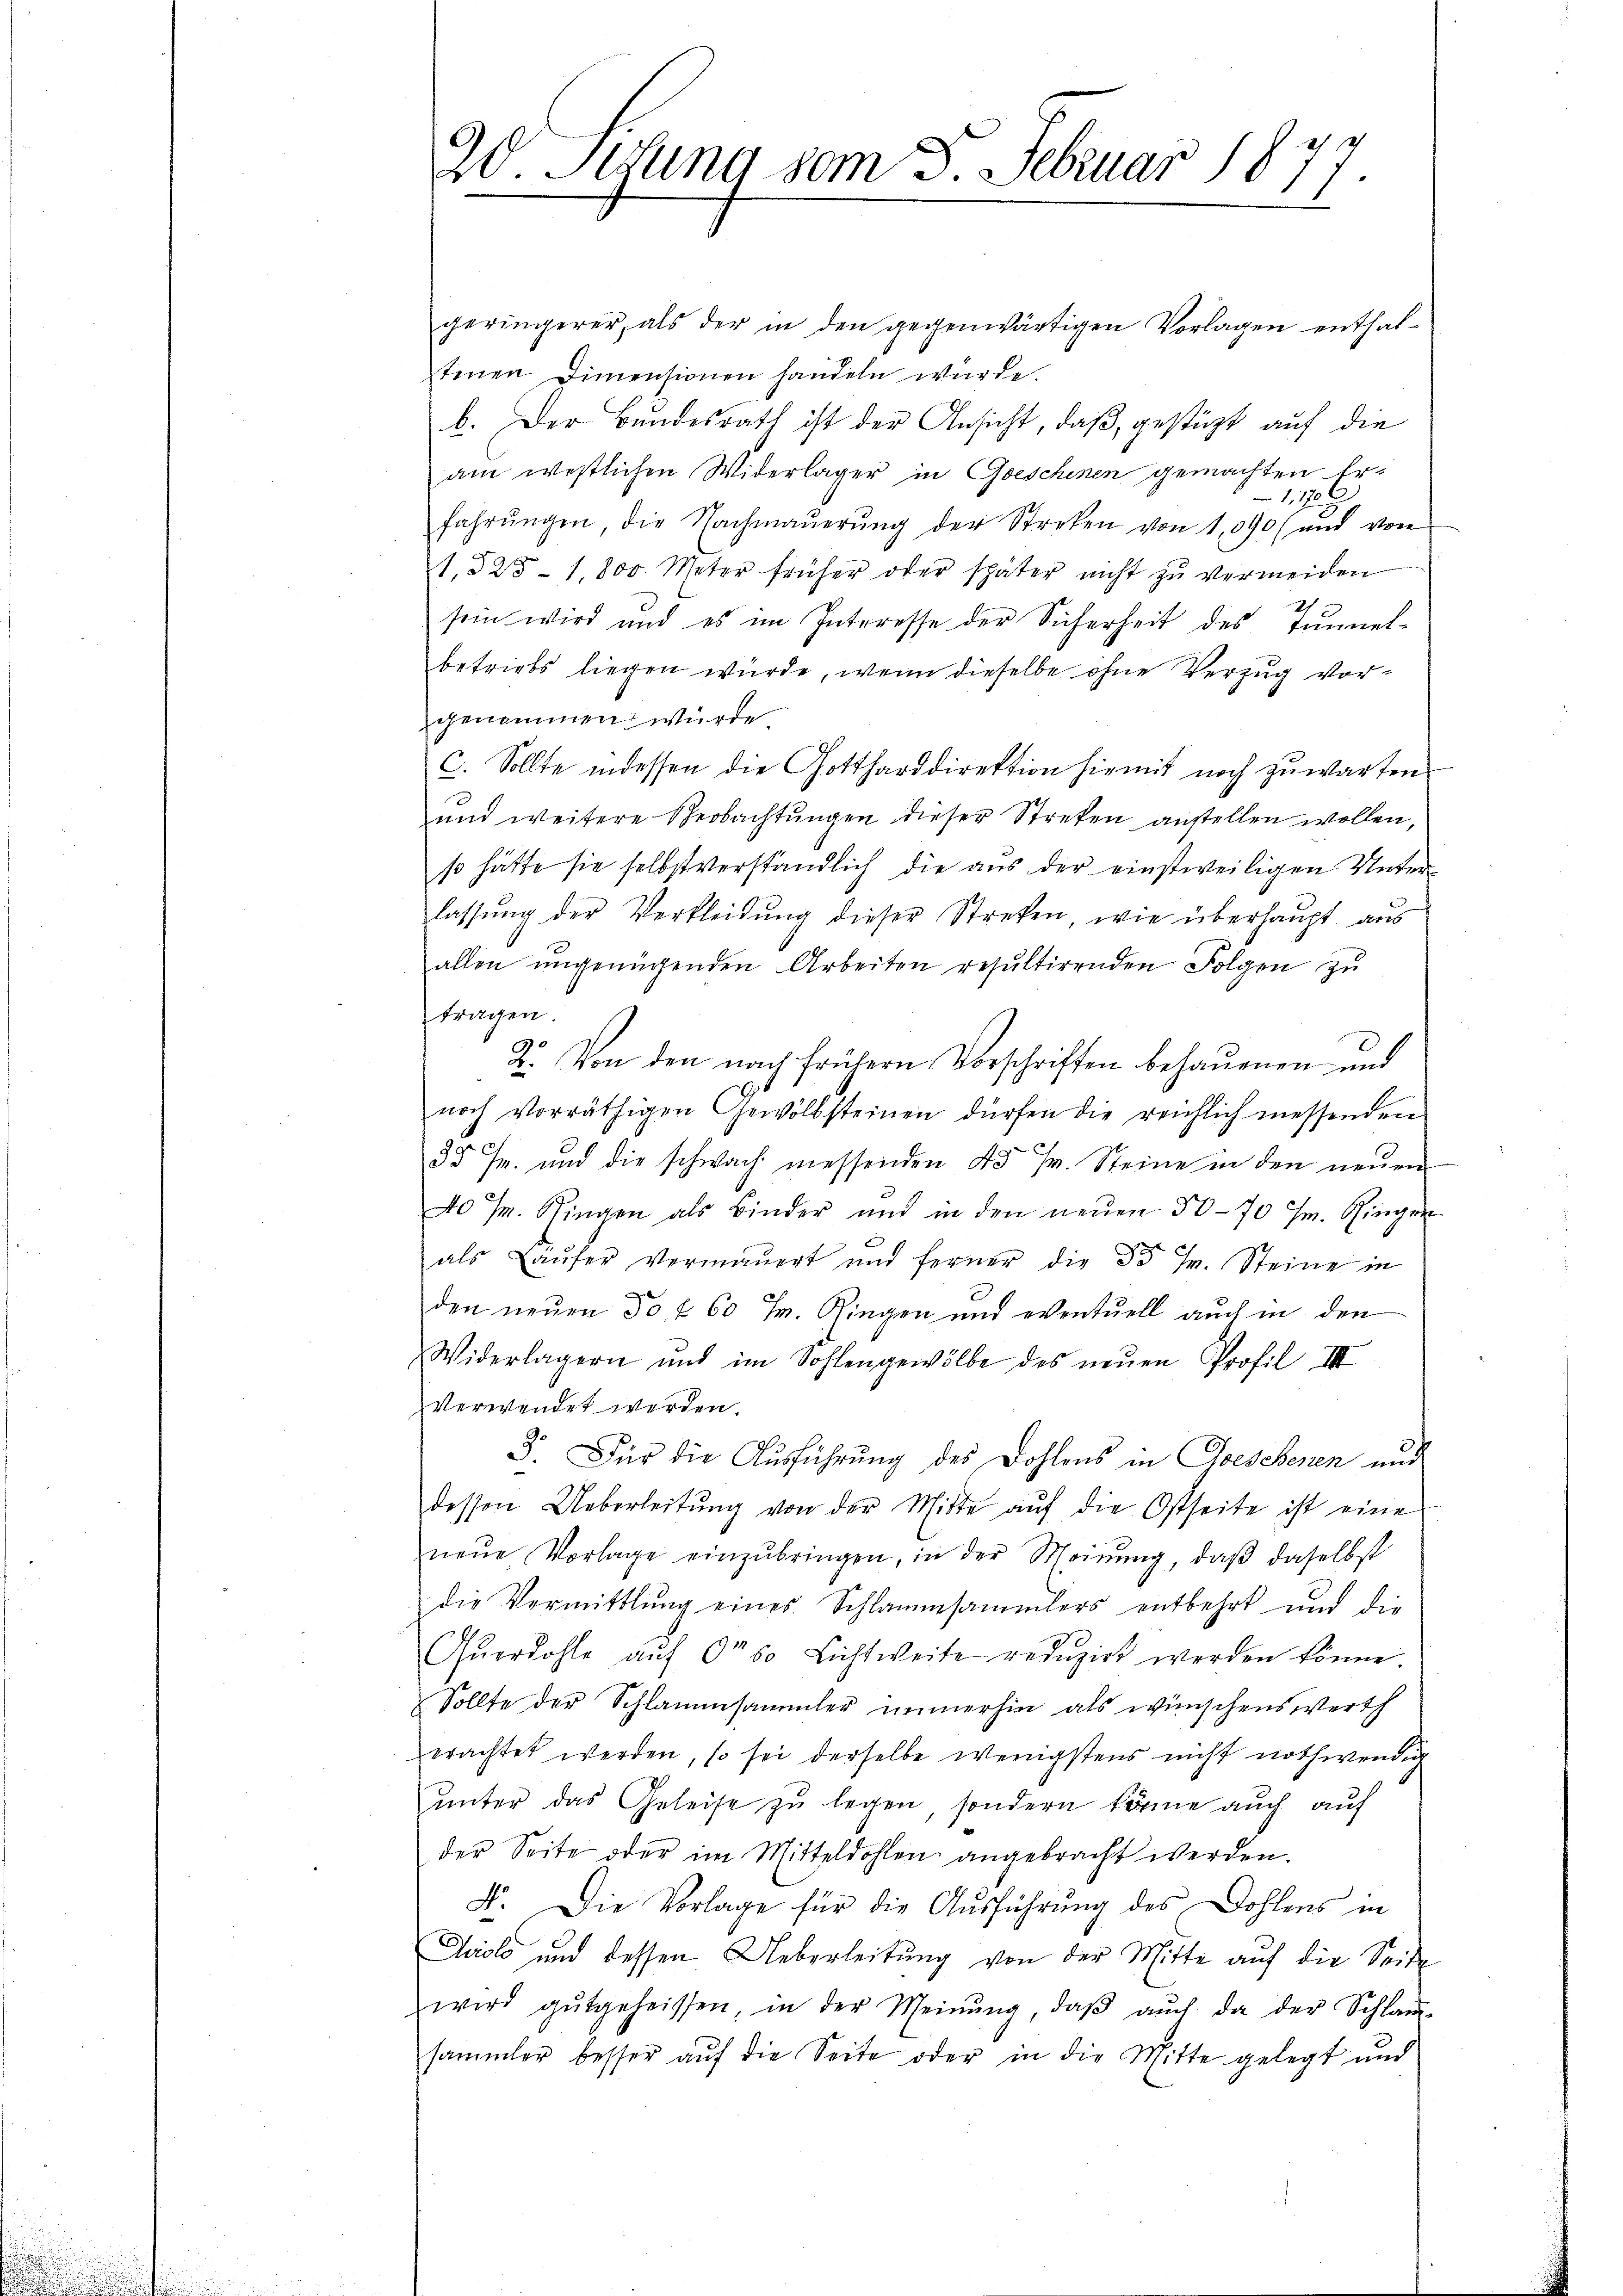
20. Jung vom 5. Februar 1877

geringerer, als der in den gegenwärtigen Vorlagen enthaltenen Dimensionen handeln würde.
b. Der Bundesrath ist der Ansicht, daß, gestüzt auf die
am westlichen Widerlager in Geschenen gemachten Er¬
1109
fahrŭngen die Nachmaŭerŭng der Streken von 1,090/ und von
1,825- 1,800 Meter früher oder später nicht zŭ vermeiden
sein wird und es im Interesse der Sicherheit des Tŭnnel-
betriebs liegen würde, wenn dieselbe ohne Verzug vorgenommen wurde
C. Sollte indessen die Gottharddirektion hiemit noch zŭwarten.
und weitere Beobachtŭngen dieser Streken anstellen wollen,
so hätte sie selbstverständlich die aus der einstweiligen Unterlassung der Verkleidung dieser Streken, wie überhaupt aus
allen ŭngenügenden Arbeiten resultirenden Folgen zŭ
ftragen.
2. Von den nach frühern Vorschriften behauenen und
noch vorräthigen Gewölbsteinen dürfen die reichlich messenden
0
c
35 Fr. und die schwach messenden 43 p. Steine in den neŭen
40 J. Ringen als Binder und in den neŭen 50 - 70 Fr. Ringen
als Laufer Vermauert und ferner die 35 Fr. Steine in
den neuen 50 f 60 J. Ringen und eventuell auch in den
Widerlagern und im Sohlengewölbe des neŭen Profil III
verwendet werden.
3. Für die Ausführung des Dohlens in Cloesehenen und
dessen Ueberleitŭng von der Mitte aŭf die Ostseite ist eine
neŭe Vorlage einzŭbringen, in der Meinŭng, daβ daselbst
die Vermittlung eines Schlammsammlers entbehrt und die
Qŭerdohle aŭf 0° 60 Lichtweite redŭzirt werden könne.
Sollte der Schlammsammler immerhin als wünschenswerth
erachtet werden, so sei derselbe wenigstens nicht nothwendig
ŭnter das Geleise zu legen, sondern töne auch auf
der Seite oder im Mitteldohlen angebracht werden.
F. Die Vorlage für die Aŭsführung des Dohlens in
Quolo und dessen Ueberleitung von der Mitte auf die Seide
wird gutgeheissen, in der Meinŭng, daβ aŭch da der Schlam-
sammler besser auf die Seite oder in die Mitte gelegt und